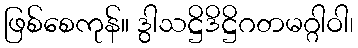
ဖြစ်စေကုန်။ ဒွါသဋ္ဌိဒိဋ္ဌိဂတမဂ္ဂါဝါ၊